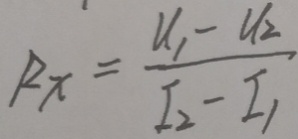
R _ { x } = \frac { u _ { 1 } - u _ { 2 } } { I _ { 2 } - I _ { 1 } }